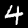
Label: 4